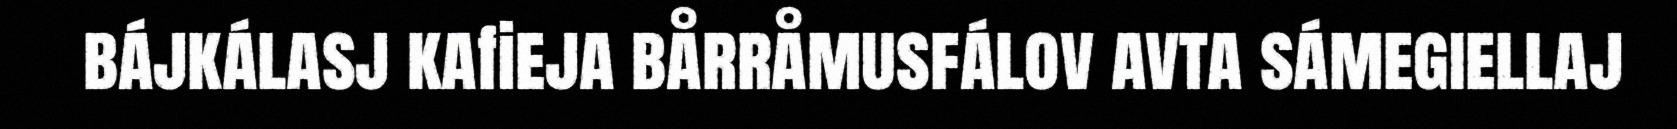
bájkálasj kafieja bårråmusfálov avta sámegiellaj